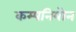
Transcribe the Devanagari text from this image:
कम्पनियोन